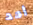
أحد